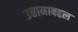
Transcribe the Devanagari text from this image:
उद्यानाबद्दल